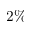
2 \%